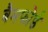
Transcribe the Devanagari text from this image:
बैमफोर्ड